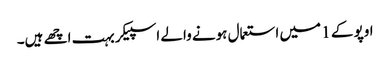
اوپو کے 1 میں استعمال ہونے والے اسپیکر بہت اچھے ہیں۔